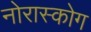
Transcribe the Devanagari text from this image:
नोरास्कोग